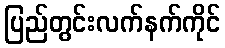
ပြည်တွင်းလက်နက်ကိုင်